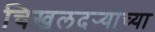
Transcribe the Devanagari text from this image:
चिखलदर्‍याच्या